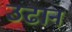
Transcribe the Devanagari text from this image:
उढान